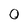
Character: 0